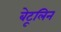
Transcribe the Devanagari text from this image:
बेटूलिन